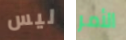
ليس الأمر